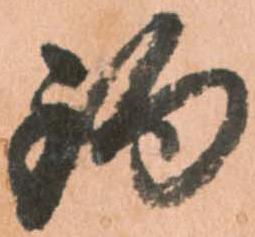
釣